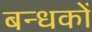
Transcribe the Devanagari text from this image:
बन्धकों